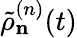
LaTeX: \tilde{\rho}_{\mathbf n}^{(n)}(t)